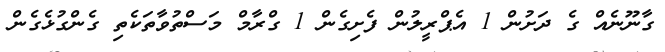
ގާނޫނެއް ގެ ދަށުން 1 އެޕްރީލުން ފެށިގެން 1 ގްރާމްް މަސްތުވާތަކެތި ގެންގުޅެގެން